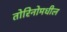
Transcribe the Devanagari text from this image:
तोरिनोमधील